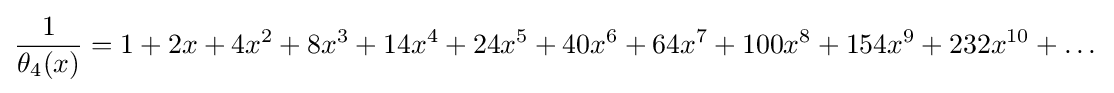
{\frac {1}{\theta _{4}(x)}}=1+2x+4x^{2}+8x^{3}+14x^{4}+24x^{5}+40x^{6}+64x^{7}+100x^{8}+154x^{9}+232x^{10}+\dots